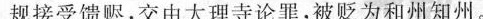
规接受馈赆，交由大理寺论罪，被贬为和州知州。